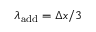
\lambda _ { \mathrm { a d d } } = \Delta x / 3